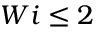
W i \leq 2